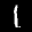
Digit: 1